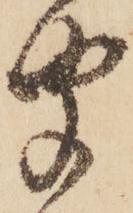
聞